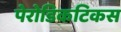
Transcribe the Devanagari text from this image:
पेरोडिकटिकस